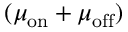
( \mu _ { \mathrm { o n } } + \mu _ { \mathrm { o f f } } )